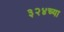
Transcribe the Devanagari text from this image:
३२४च्या